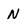
Character: N